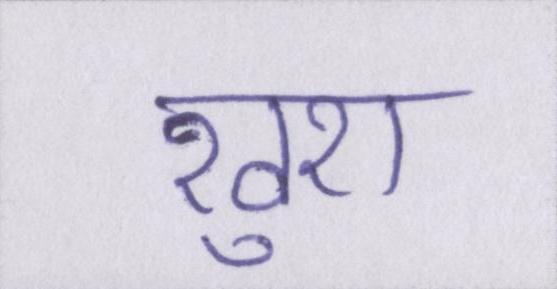
खुश